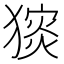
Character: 𤡗